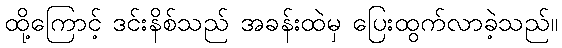
ထို့ကြောင့် ဒင်းနိစ်သည် အခန်းထဲမှ ပြေးထွက်လာခဲ့သည်။